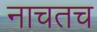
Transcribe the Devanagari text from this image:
नाचतच